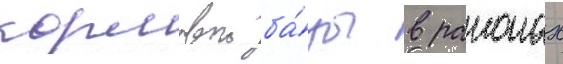
кормовои ба́зы в раионах